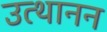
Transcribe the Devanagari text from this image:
उत्थानन